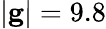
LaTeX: |\mathbf{g}|=9.8